Piroplasma canis and its life cycle in the tick - Number 29
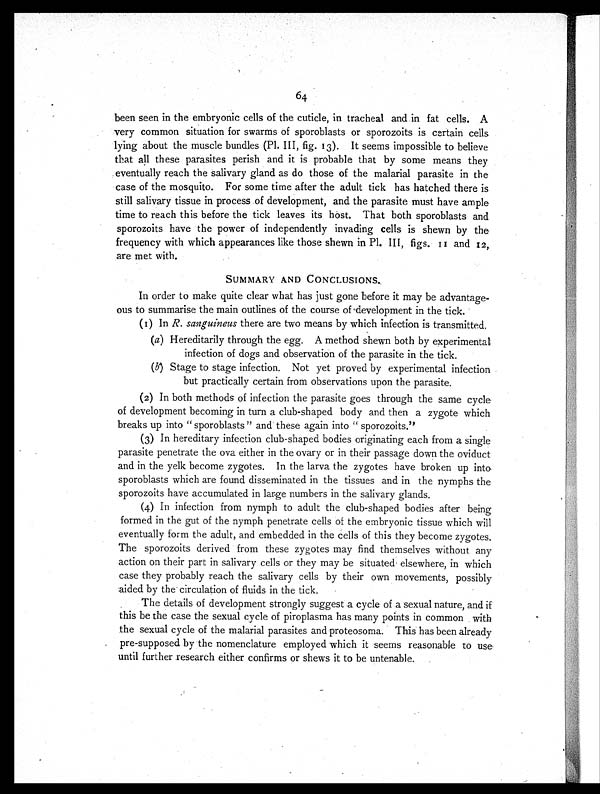
64
been seen in the embryonic cells of the cuticle, in tracheal and in fat cells. A
very common situation for swarms of sporoblasts or sporozoits is certain cells
lying about the muscle bundles (Pl. III, fig. 13). It seems impossible to believe
that all these parasites perish and it is probable that by some means they
eventually reach the salivary gland as do those of the malarial parasite in the
case of the mosquito. For some time after the adult tick has hatched there is
still salivary tissue in process of development, and the parasite must have ample
time to reach this before the tick leaves its host. That both sporoblasts and
sporozoits have the power of independently invading cells is shewn by the
frequency with which appearances like those shewn in Pl. III, figs. 11 and 12,
are met with.
SUMMARY AND CONCLUSIONS.
In order to make quite clear what has just gone before it may be advantage-
ous to summarise the main outlines of the course of development in the tick.
(1) In R. sanguineus there are two means by which infection is transmitted.
(a) Hereditarily through the egg. A method shewn both by experimental
infection of dogs and observation of the parasite in the tick.
(b) Stage to stage infection. Not yet proved by experimental infection
but practically certain from observations upon the parasite.
(2) In both methods of infection the parasite goes through the same cycle
of development becoming in turn a club-shaped body and then a zygote which
breaks up into "sporoblasts" and these again into "sporozoits."
(3) In hereditary infection club-shaped bodies originating each from a single
parasite penetrate the ova either in the ovary or in their passage down the oviduct
and in the yelk become zygotes. In the larva the zygotes have broken up into
sporoblasts which are found disseminated in the tissues and in the nymphs the
sporozoits have accumulated in large numbers in the salivary glands.
(4) In infection from nymph to adult the club-shaped bodies after being
formed in the gut of the nymph penetrate cells of the embryonic tissue which will
eventually form the adult, and embedded in the cells of this they become zygotes.
The sporozoits derived from these zygotes may find themselves without any
action on their part in salivary cells or they may be situated elsewhere, in which
case they probably reach the salivary cells by their own movements, possibly
aided by the circulation of fluids in the tick.
The details of development strongly suggest a cycle of a sexual nature, and if
this be the case the sexual cycle of piroplasma has many points in common with
the sexual cycle of the malarial parasites and proteosoma. This has been already
pre-supposed by the nomenclature employed which it seems reasonable to use
until further research either confirms or shews it to be untenable.